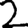
Digit: 2